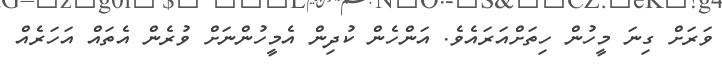
ވަރަށް ގިނަ މީހުން ހިތަށްއަރައެވެ. އަންހެން ކުދިން އެމީހުންނަށް ވުރެން އެތައް އަހަރެއް